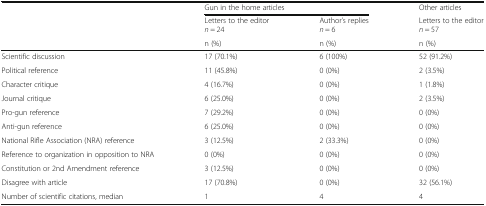
| <ROWSPAN=2>  | <COLSPAN=2> Gun in the home articles | Other articles |
 | Letters to the editorn = 24 | Author’s repliesn = 6 | Letters to the editorn = 57 |
 |  | n (%) | n (%) | n (%) |
 | --- | --- | --- | --- |
 | Scientific discussion | 17 (70.1%) | 6 (100%) | 52 (91.2%) |
 | Political reference | 11 (45.8%) | 0 (0%) | 2 (3.5%) |
 | Character critique | 4 (16.7%) | 0 (0%) | 1 (1.8%) |
 | Journal critique | 6 (25.0%) | 0 (0%) | 2 (3.5%) |
 | Pro-gun reference | 7 (29.2%) | 0 (0%) | 0 (0%) |
 | Anti-gun reference | 6 (25.0%) | 0 (0%) | 0 (0%) |
 | National Rifle Association (NRA) reference | 3 (12.5%) | 2 (33.3%) | 0 (0%) |
 | Reference to organization in opposition to NRA | 0 (0%) | 0 (0%) | 0 (0%) |
 | Constitution or 2nd Amendment reference | 3 (12.5%) | 0 (0%) | 0 (0%) |
 | Disagree with article | 17 (70.8%) | 0 (0%) | 32 (56.1%) |
 | Number of scientific citations, median | 1 | 4 | 4 |